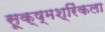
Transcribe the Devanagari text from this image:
सूक्ष्मश्रिंकला